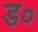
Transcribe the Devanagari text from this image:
ड०